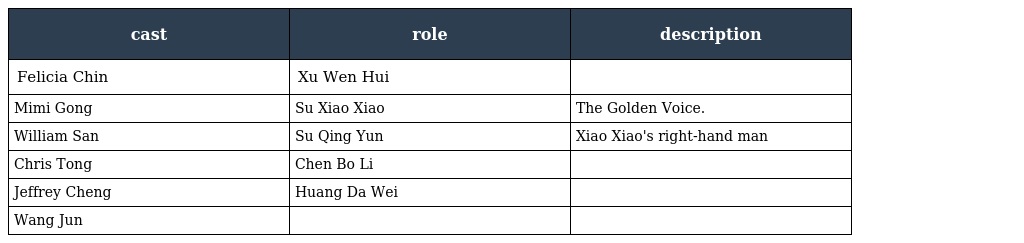
| cast | role | description |
 | --- | --- | --- |
 | Felicia Chin | Xu Wen Hui |  |
 | Mimi Gong | Su Xiao Xiao | The Golden Voice. |
 | William San | Su Qing Yun | Xiao Xiao's right-hand man |
 | Chris Tong | Chen Bo Li |  |
 | Jeffrey Cheng | Huang Da Wei |  |
 | Wang Jun |  |  |